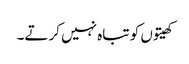
کھیتوں کو تباہ نہیں کرتے۔